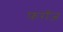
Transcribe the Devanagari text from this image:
फ़राँज़